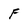
Character: F